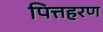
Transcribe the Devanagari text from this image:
पित्तहरण